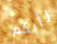
رأيكم